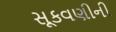
સૂકવણીની